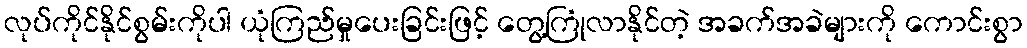
လုပ်ကိုင်နိုင်စွမ်းကိုပါ ယုံကြည်မှုပေးခြင်းဖြင့် တွေ့ကြုံလာနိုင်တဲ့ အခက်အခဲများကို ကောင်းစွာ